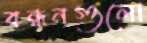
বন্ধনগুলো